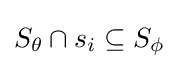
S_{\theta }\cap s_{i}\subseteq S_{\phi }